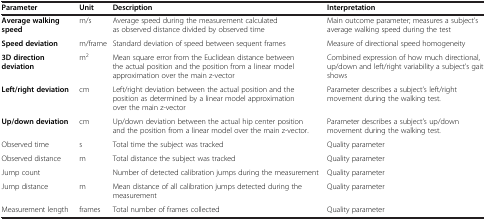
| Parameter | Unit | Description | Interpretation |
 | --- | --- | --- | --- |
 | Average walking speed | m/s | Average speed during the measurement calculated as observed distance divided by observed time | Main outcome parameter; measures a subject’s average walking speed during the test |
 | Speed deviation | m/frame | Standard deviation of speed between sequent frames | Measure of directional speed homogeneity |
 | 3D direction deviation | m2 | Mean square error from the Euclidean distance between the actual position and the position from a linear model approximation over the main z-vector | Combined expression of how much directional, up/down and left/right variability a subject’s gait shows |
 | Left/right deviation | cm | Left/right deviation between the actual position and the position as determined by a linear model approximation over the main z-vector | Parameter describes a subject’s left/right movement during the walking test. |
 | Up/down deviation | cm | Up/down deviation between the actual hip center position and the position from a linear model over the main z-vector. | Parameter describes a subject’s up/down movement during the walking test. |
 | Observed time | s | Total time the subject was tracked | Quality parameter |
 | Observed distance | m | Total distance the subject was tracked | Quality parameter |
 | Jump count |  | Number of detected calibration jumps during the measurement | Quality parameter |
 | Jump distance | m | Mean distance of all calibration jumps detected during the measurement | Quality parameter |
 | Measurement length | frames | Total number of frames collected | Quality parameter |